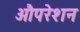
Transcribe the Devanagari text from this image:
औपरेशन